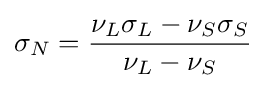
\sigma _{N}={\frac {\nu _{L}\sigma _{L}-\nu _{S}\sigma _{S}}{\nu _{L}-\nu _{S}}}